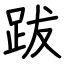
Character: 跋